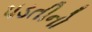
પડતીનો